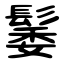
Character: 䰀